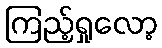
ကြည့်ရှုလော့